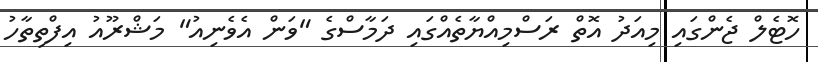
ހޮޓެލް ޖެންގައި މިއަދު އޮތް ރަސްމިއްޔާތެއްގައި ދަމާސްގެ "ވަން އެވެނިއު" މަޝްރޫއު އިފްތިތާހު